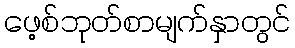
ဖေ့စ်ဘုတ်စာမျက်နှာတွင်